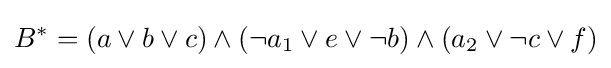
B^{*}=(a\lor b\lor c)\wedge (\neg a_{1}\lor e\lor \neg b)\wedge (a_{2}\lor \neg c\lor f)